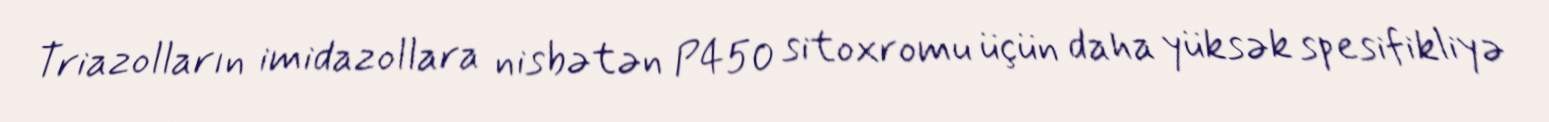
Triazolların imidazollara nisbətən P450 sitoxromu üçün daha yüksək spesifikliyə